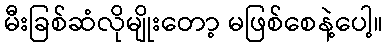
မီးခြစ်ဆံလိုမျိုးတော့ မဖြစ်စေနဲ့ပေါ့။